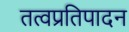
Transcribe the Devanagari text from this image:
तत्वप्रतिपादन